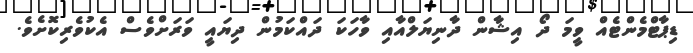
ޑިޕާޓްމެންޓެއް ވީމަ ދޯ އިޝާން ދާނިޔަލްއާއި ވާހަކަ ދައްކަމުން ދިޔައީ ވަރަށްވެސް އެކުވެރިކޮށެވެ.